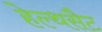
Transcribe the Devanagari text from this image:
हेल्थसैट